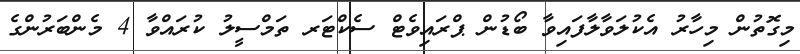
މިގޮތުން މިހާރު އެކުލަވާލާފައިވާ ބޯޑުން ޕްރައިވެޓް ސެކްޓަރ ތަމްސީލު ކުރައްވާ 4 މެންބަރުންގެ